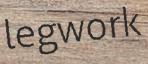
legwork